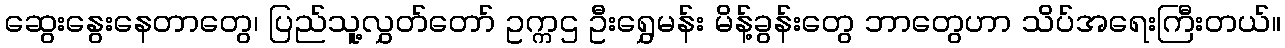
ဆွေးနွေးနေတာတွေ၊ ပြည်သူ့လွှတ်တော် ဥက္ကဌ ဦးရွှေမန်း မိန့်ခွန်းတွေ ဘာတွေဟာ သိပ်အရေးကြီးတယ်။